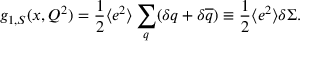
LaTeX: g _ { 1 , S } ( x , Q ^ { 2 } ) = \frac { 1 } { 2 } \langle e ^ { 2 } \rangle \sum _ { q } ( \delta q + \delta \overline { { { q } } } ) \equiv \frac { 1 } { 2 } \langle e ^ { 2 } \rangle \delta \Sigma .